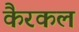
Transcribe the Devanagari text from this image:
कैरकल